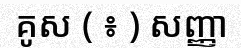
គូស ( ៖ ) សញ្ញា